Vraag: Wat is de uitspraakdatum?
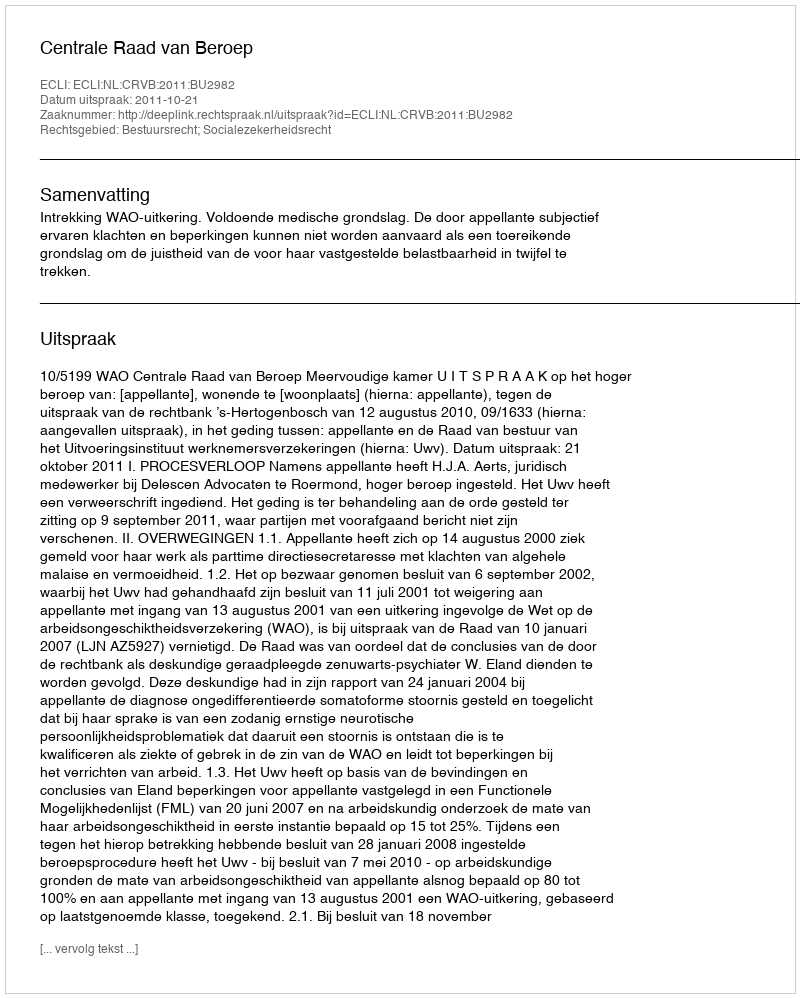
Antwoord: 2011-10-21